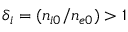
\delta _ { i } = ( n _ { i 0 } / n _ { e 0 } ) > 1